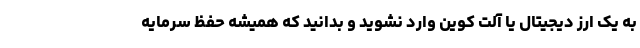
به یک ارز دیجیتال یا آلت کوین وارد نشوید و بدانید که همیشه حفظ سرمایه